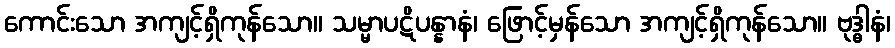
ကောင်းသော အကျင့်ရှိကုန်သော။ သမ္မာပဋိပန္နာနံ၊ ဖြောင့်မှန်သော အကျင့်ရှိကုန်သော။ ဗုဒ္ဓါနံ၊